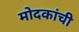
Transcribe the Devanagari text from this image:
मोदकांची